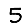
Digit: 5